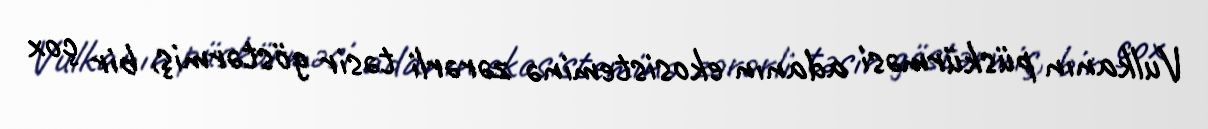
Vulkanın püskürməsi adanın ekosisteminə zərərli təsir göstərmiş, bir çox